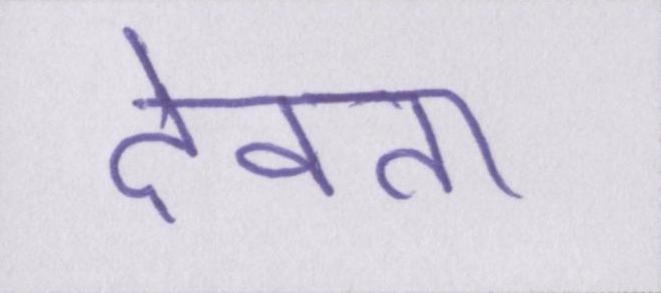
देवता